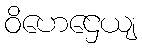
ဝိဟေဌေယျ